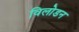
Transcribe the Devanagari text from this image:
विलोडन